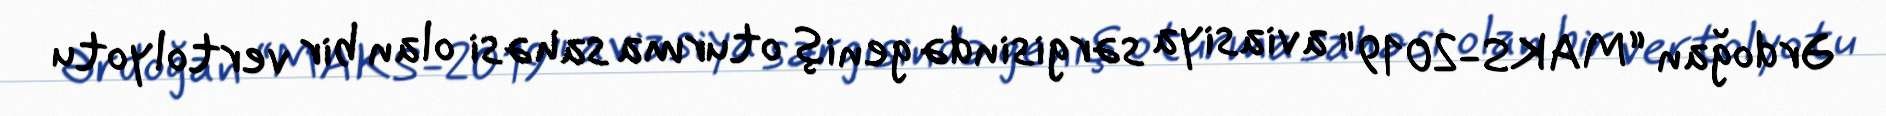
Ərdoğan “MAKS-2019" aviasiya sərgisində geniş oturma sahəsi olan bir vertolyotu